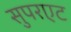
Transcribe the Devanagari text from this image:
सुपरएट